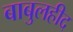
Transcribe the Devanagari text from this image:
बाबुलहीद